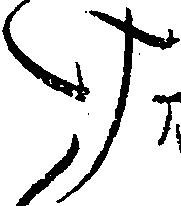
け